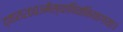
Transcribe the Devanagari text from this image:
द्वारा२००३मेंस्थापितकियागया।